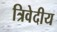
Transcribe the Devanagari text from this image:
त्रिवेदीय